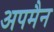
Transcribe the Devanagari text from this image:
अपमैन